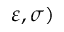
\varepsilon , \sigma )